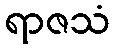
ရာဇသံ